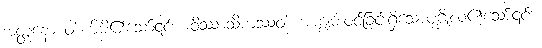
အတ္တနော ဝါ၊ မိမိ၏သော်၎င်း။ ဝိဿာသိကဿဝါ၊ အကျွမ်းဝင်ခြင်းရှိသောပုဂ္ဂိုလ်၏သော်၎င်း။